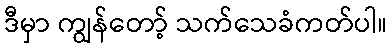
ဒီမှာ ကျွန်တော့် သက်သေခံကတ်ပါ။